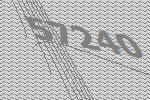
57240